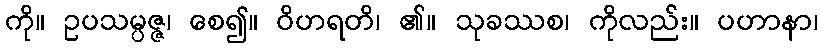
ကို။ ဥပသမ္ပဇ္ဇ၊ စေ၍။ ဝိဟရတိ၊ ၏။ သုခဿစ၊ ကိုလည်း။ ပဟာနာ၊